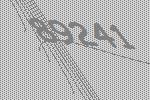
89241